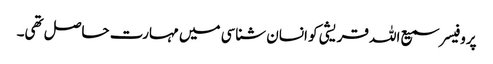
پروفیسر سمیع اللہ قریشی کو انسان شناسی میں مہارت حاصل تھی۔